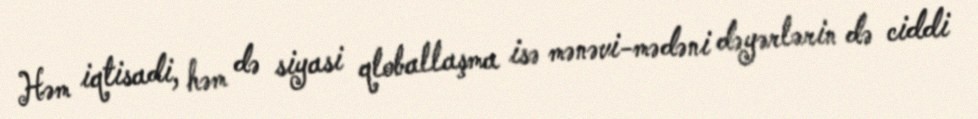
Həm iqtisadi, həm də siyasi qloballaşma isə mənəvi-mədəni dəyərlərin də ciddi